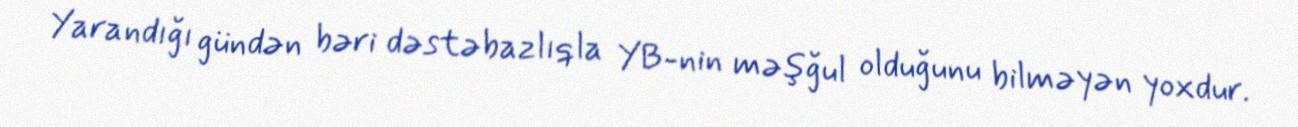
Yarandığı gündən bəri dəstəbazlıqla YB-nin məşğul olduğunu bilməyən yoxdur.